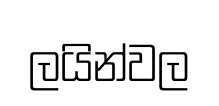
ලයින්වල